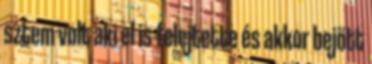
sztem volt aki el is felejtette és akkor bejött